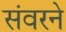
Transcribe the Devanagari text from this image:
संवरने